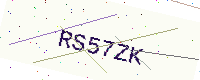
Text: RS57ZK